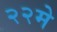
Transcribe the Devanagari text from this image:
२२मे